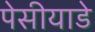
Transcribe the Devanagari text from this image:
पेसीयाडे